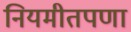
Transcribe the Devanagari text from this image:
नियमीतपणा